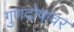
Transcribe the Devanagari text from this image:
गुणदोषांवर